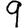
Digit: 9